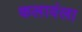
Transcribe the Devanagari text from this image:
कलावंला